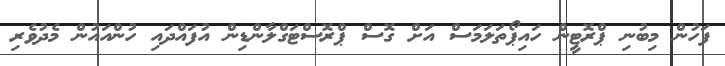
ފަހުން މިބުނި ޕްރޮޓީން ހައިޕޯތަލަމަސް އަށް ގޮސް ޕްރޮސްޓަގްލާންޑިން އުފައްދައި ހުންއައުން މެދުވެރި